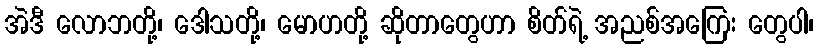
အဲဒီ လောဘတို့၊ ဒေါသတို့၊ မောဟတို့ ဆိုတာတွေဟာ စိတ်ရဲ့ အညစ်အကြေး တွေပါ၊